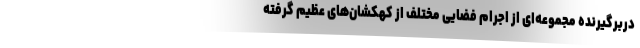
دربرگیرنده مجموعه‌ای از اجرام فضایی مختلف از کهکشان‌های عظیم گرفته